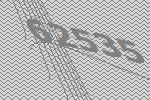
62535